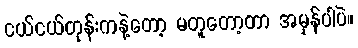
ငယ်ငယ်တုန်းကနဲ့တော့ မတူတော့တာ အမှန်ပါပဲ။